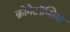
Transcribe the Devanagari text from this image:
क्रोमेटॉप्सिया